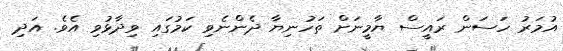
އުމަރު ހަސަން ރައީސް ޔާމީނަށް ތަހުނިޔާ ދެންނެވި ކަމުގައި ވިދާޅުވި އެވެ. އަދި